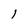
Character: 1